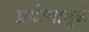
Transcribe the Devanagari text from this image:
प्रयोगामुळे